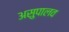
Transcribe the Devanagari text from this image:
असुपालव